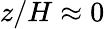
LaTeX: z/H\approx 0